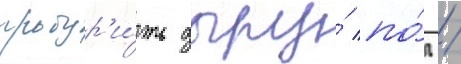
пробур'и́ть дыру́ по́д /